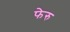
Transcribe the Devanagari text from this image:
फेरु